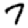
Digit: 7